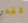
لقد